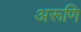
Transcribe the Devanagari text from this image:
अरूणि